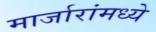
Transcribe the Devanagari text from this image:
मार्जारांमध्ये